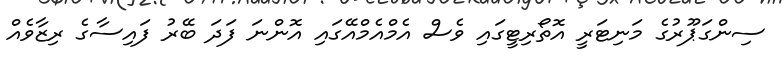
ސިންގަޕޫރުގެ މަނިޓަރީ އޮތޯރިޓީގައި ވެސް އެމްއެމްއޭގައި އޮންނަ ފަދަ ބޭރު ފައިސާގެ ރިޒާވެއް